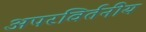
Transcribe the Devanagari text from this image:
अपरविर्तनीय